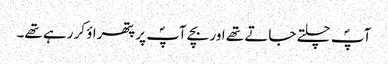
آپؐ چلتے جاتے تھے اور بچے آپؐ پر پتھراؤ کر رہے تھے۔